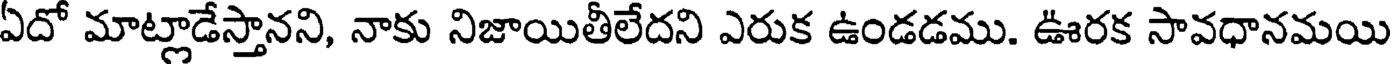
ఏదో మాట్లాడేస్తానని, నాకు నిజాయితీలేదని ఎరుక ఉండడము. ఊరక సావధానమయి